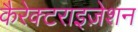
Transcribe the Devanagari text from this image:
कैरेक्टराइज़ेशन